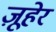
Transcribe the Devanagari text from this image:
ज़ूहेर